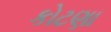
કોટણા